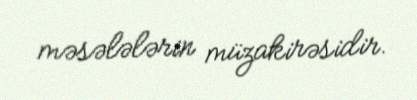
məsələlərin müzakirəsidir.